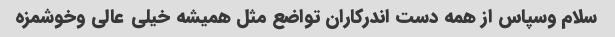
سلام وسپاس از همه دست اندرکاران تواضع مثل همیشه خیلی عالی وخوشمزه